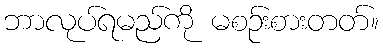
ဘာလုပ်ရမည်ကို မစဉ်းစားတတ်။